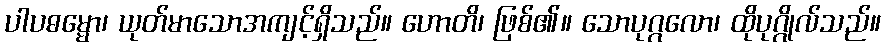
ပါပဓမ္မော၊ ယုတ်မာသောအကျင့်ရှိသည်။ ဟောတိ၊ ဖြစ်၏။ သောပုဂ္ဂလော၊ ထိုပုဂ္ဂိုလ်သည်။